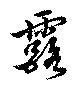
露